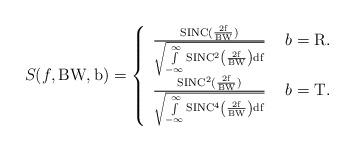
LaTeX: \begin{align*}S(f,\rm{BW},b)=\left\{\begin{array}{ll}\frac{\rm{SINC(\frac{2 f}{\rm{BW}})}}{\sqrt{\int\limits_{- \infty}^{\infty} \rm{SINC^2\left(\frac{2 f}{\rm{BW}}\right) df}}} & \mbox{ } b = \rm{R.} \\\frac{\rm{SINC^2(\frac{2 f}{\rm{BW}})}}{\sqrt{\int\limits_{- \infty}^{\infty} \rm{SINC^4\left(\frac{2 f}{\rm{BW}}\right) df}}} & \mbox{ } b = \rm{T.}\end{array}\right.\end{align*}